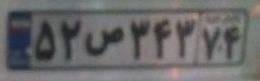
۵۲ص۳۴۳۷۴